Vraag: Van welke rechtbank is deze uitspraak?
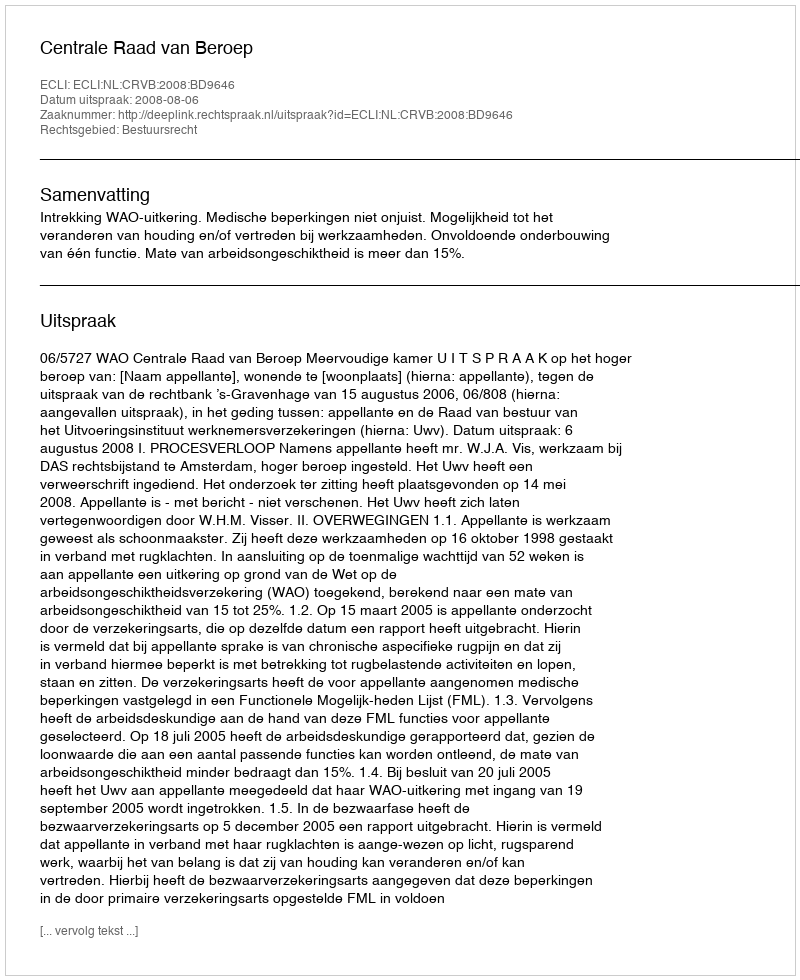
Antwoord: Centrale Raad van Beroep